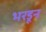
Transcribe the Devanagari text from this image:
भरडून